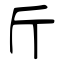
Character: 斤